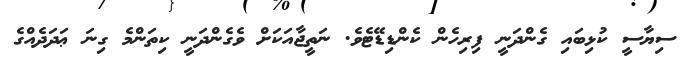
ސިޔާސީ ކުޅިބައި ގެންދަނީ ފިރިހެން ކެންޑިޑޭޓެވެ. ނަތީޖާއަކަށް ވެގެންދަނީ ކިތަންމެ ގިނަ ޢަދަދެއްގެ